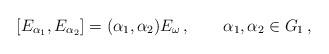
LaTeX: \begin{align*}[E_{\alpha_1},E_{\alpha_2}]= (\alpha_1,\alpha_2) E_{\omega}\, ,\qquad\alpha_1,\alpha_2\in G_1\, ,\end{align*}